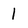
Character: 1